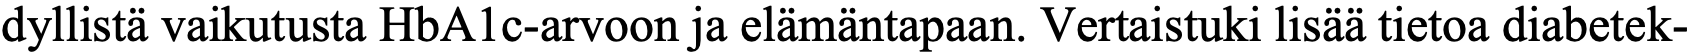
dyllistä vaikutusta HbA1c-arvoon ja elämäntapaan. Vertaistuki lisää tietoa diabetek-